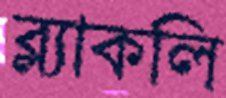
ব্ল্যাকলি